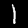
Label: 1